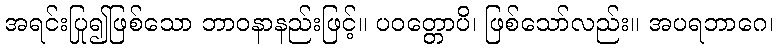
အရင်းပြု၍ဖြစ်သော ဘာဝနာနည်းဖြင့်။ ပဝတ္တောပိ၊ ဖြစ်သော်လည်း။ အပရဘာဂေ၊